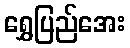
ရွှေပြည်အေး